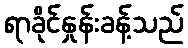
ရာခိုင်နှုန်းခန့်သည်